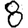
Digit: 8